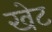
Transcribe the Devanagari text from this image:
खेट